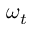
\omega _ { t }